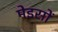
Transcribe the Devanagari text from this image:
मेइसों